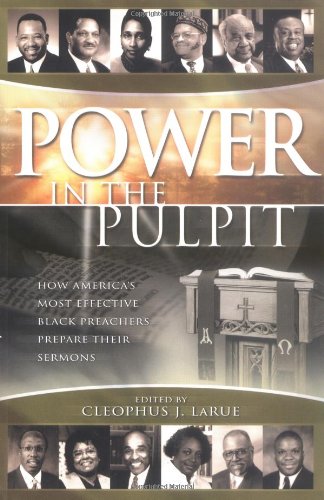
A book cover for Power in the Pulpit: How America's Most Effective Black Preachers Prepare Their Sermons; Cleophus James LaRue; Christian Books & Bibles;